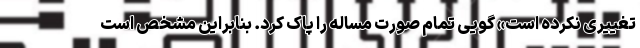
تغییری نکرده است» گویی تمام صورت مساله را پاک کرد. بنابراین مشخص است